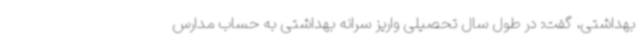
بهداشتی، گفت: در طول سال تحصیلی واریز سرانه بهداشتی به حساب مدارس